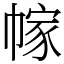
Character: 幏